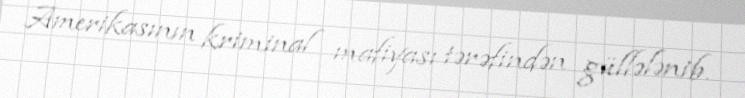
Amerikasının kriminal mafiyası tərəfindən güllələnib.